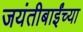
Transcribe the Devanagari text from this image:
जयंतीबाईंच्या